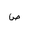
Letter: _sad